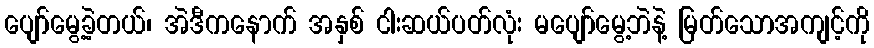
ပျော်မွေ့ခဲ့တယ်၊ အဲဒီကနောက် အနှစ် ငါးဆယ်ပတ်လုံး မပျော်မွေ့ဘဲနဲ့ မြတ်သောအကျင့်ကို